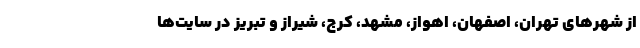
از شهرهای تهران، اصفهان، اهواز، مشهد، کرج، شیراز و تبریز در سایت‌ها